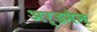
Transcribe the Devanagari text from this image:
अर्डमैन